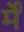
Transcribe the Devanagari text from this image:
र्में